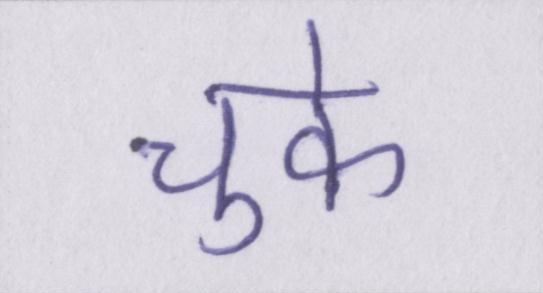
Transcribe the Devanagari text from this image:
चुके